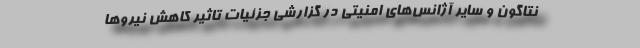
نتاگون و سایر آژانس‌های امنیتی در گزارشی جزئیات تاثیر کاهش نیروها